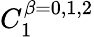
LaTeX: C_{1}^{\beta=0,1,2}